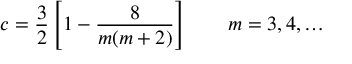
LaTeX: c = \frac { 3 } { 2 } \left[ 1 - \frac { 8 } { m ( m + 2 ) } \right] \qquad m = 3 , 4 , \ldots